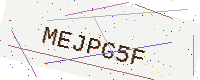
Text: MEJPG5F